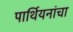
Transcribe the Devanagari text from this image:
पार्थियनांचा